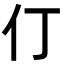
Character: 仃